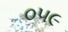
૦૫૯